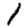
Digit: 1